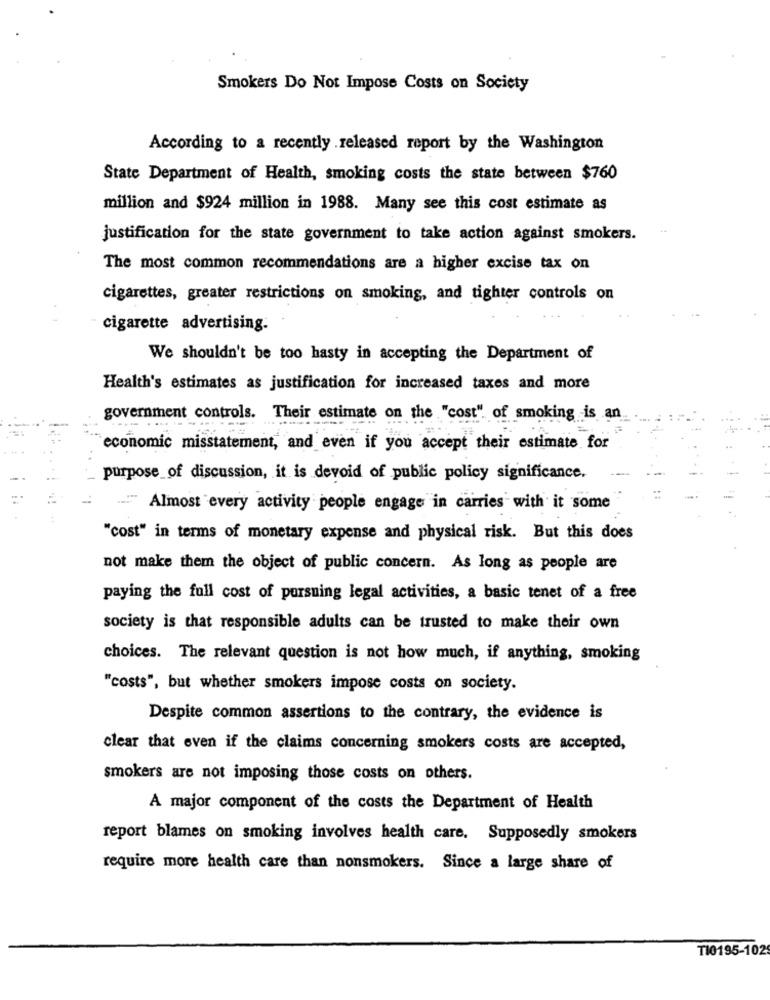
Smokers Do Not Impose Costs on Society
According to a recently released report by the Washington
State Department of Health, smoking costs the state between $760
million and $924 million in 1988. Many see this cost estimate as
justification for the state government to take action against smokers.
The most common recommendations are a higher excise tax on
cigarettes, greater restrictions on smoking, and tighter controls on
cigarette advertising.
We shouldn't be too hasty in accepting the Department of
Health's estimates as justification for increased taxes and more
government controls. Their estimate on the "cost". of smoking is an
economic misstatement, and even if you accept their estimate for
purpose of discussion, it is devoid of public policy significance.
.: " Almost every activity people engage in carries with it some
"cost" in terms of monetary expense and physical risk. But this does
not make them the object of public concern. As long as people are
paying the full cost of pursuing legal activities, a basic tenet of a free
society is that responsible adults can be trusted to make their own
choices. The relevant question is not how much, if anything, smoking
"costs", but whether smokers impose costs on society.
Despite common assertions to the contrary, the evidence is
clear that even if the claims concerning smokers costs are accepted,
smokers are not imposing those costs on others.
A major component of the costs the Department of Health
report blames on smoking involves health care. Supposedly smokers
require more health care than nonsmokers. Since a large share of
TI0195-102